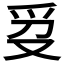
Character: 𬋥